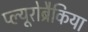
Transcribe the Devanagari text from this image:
प्ल्यूरोब्रैकिया